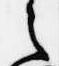
之